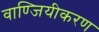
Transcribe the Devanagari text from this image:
वाण्जियीकरण